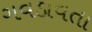
ગવડાવતા